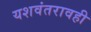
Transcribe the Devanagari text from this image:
यशवंतरावही